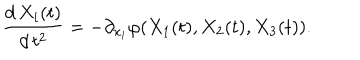
LaTeX: \frac { d \, X _ { i } ( t ) } { d \, t ^ { 2 } } = - \partial _ { x _ { i } } \varphi ( X _ { 1 } ( t ) , X _ { 2 } ( t ) , X _ { 3 } ( t ) ) .